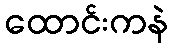
ထောင်းကနဲ